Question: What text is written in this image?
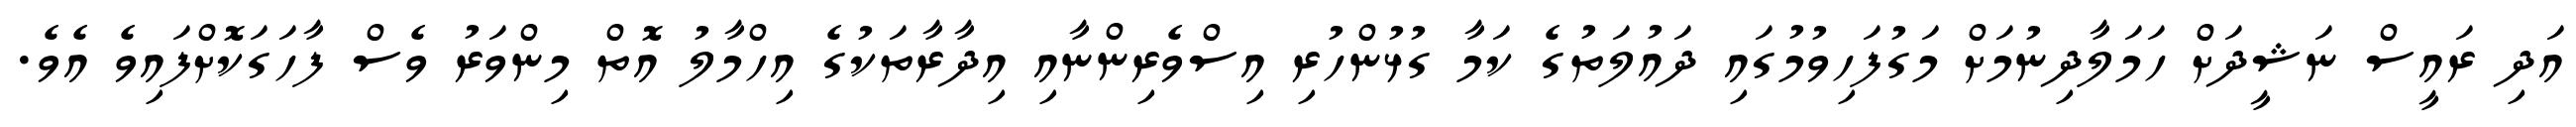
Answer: އަދި ރައީސް ނަޝީދަށް ހަމަލާދިނުމަށް މަގުފަހިވުމުގައި ދައުލަތުގެ ކަމާ ގުޅުންހުރި އިސްވެރިންނާއި އިދާރާތަކުގެ އިހްމާލު އޮތް މިންވަރު ވެސް ފާހަގަކޮށްފައިވެ އެވެ.